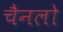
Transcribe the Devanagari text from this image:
चैनलो